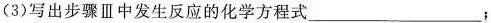
(3)写出步骤Ⅲ中发生反应的化学方程式___；